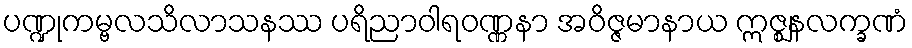
ပဏ္ဍုကမ္ဗလသိလာသနဿ ပရိညာဝါရဝဏ္ဏနာ အဝိဇ္ဇမာနာယ ဣဇ္ဈနလက္ခဏံ